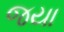
જયા